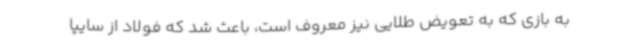
به بازی که به تعویض طلایی نیز معروف است، باعث شد که فولاد از سایپا